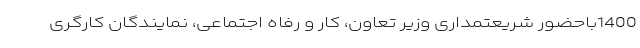
1400باحضور شریعتمداری وزیر تعاون، کار و رفاه اجتماعی، نمایندگان کارگری